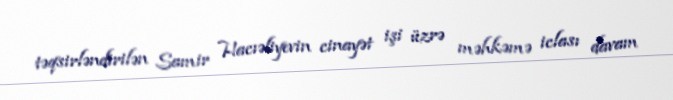
təqsirləndirilən Samir Hacıəliyevin cinayət işi üzrə məhkəmə iclası davam